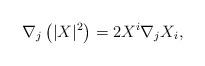
LaTeX: \begin{align*} \nabla_j \left ( |X|^2\right ) = 2 X^i \nabla_j X_i,\end{align*}